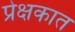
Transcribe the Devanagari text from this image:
प्रेक्षकात